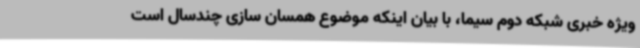
ویژه خبری شبکه دوم سیما، با بیان اینکه موضوع همسان سازی چندسال است